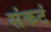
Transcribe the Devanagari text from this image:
संकटं